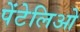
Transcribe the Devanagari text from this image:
पेंटेलिओ